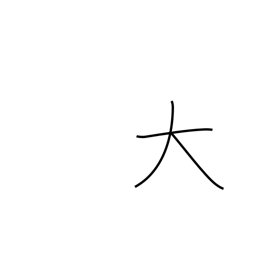
Meaning: big